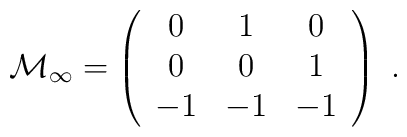
{\cal M}_\infty= \left(\begin{array}{ccc}0 & 1 & 0 \\0 & 0 & 1 \\-1 & -1 & -1\end{array}\right)\ .